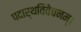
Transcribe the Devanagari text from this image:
पदार्थविवेचनम्।